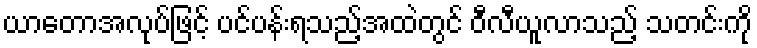
ယာတောအလုပ်ဖြင့် ပင်ပန်းရသည့်အထဲတွင် ဝီလီယူလာသည့် သတင်းကို